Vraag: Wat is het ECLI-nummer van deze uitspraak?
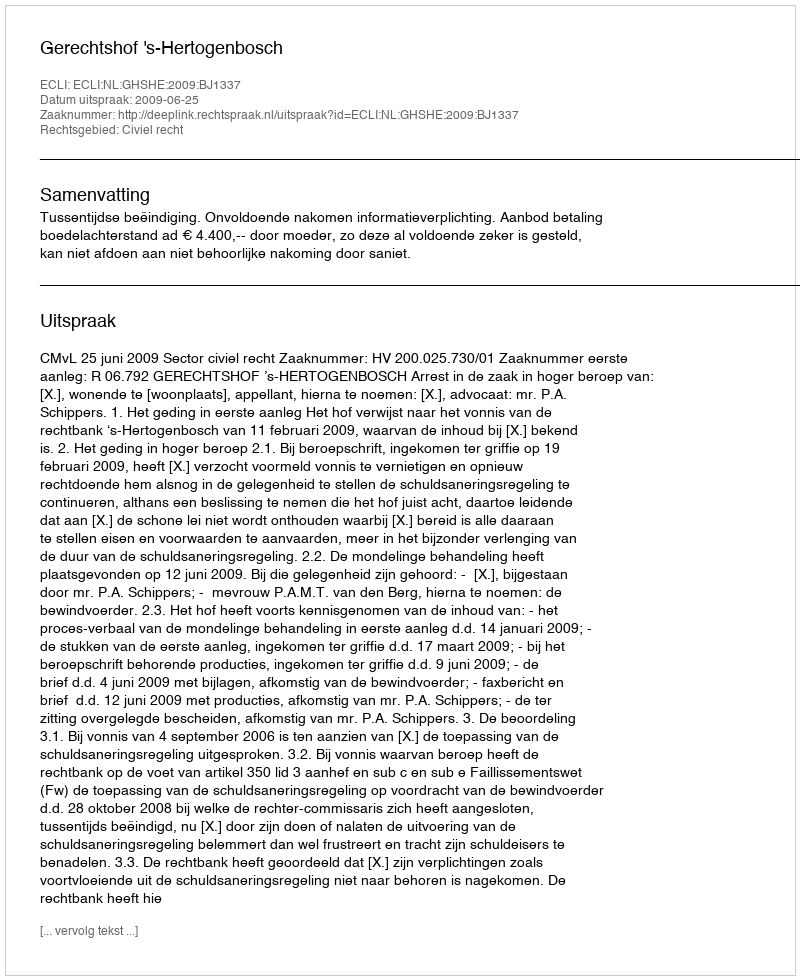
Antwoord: ECLI:NL:GHSHE:2009:BJ1337